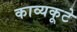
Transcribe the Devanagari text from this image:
काव्यकूटे